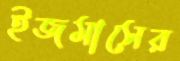
ইজমাসের